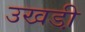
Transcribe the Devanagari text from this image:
उखडी़